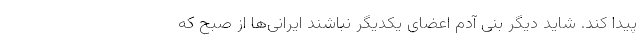
پیدا کند. شاید دیگر بنی آدم اعضای یکدیگر نباشند ایرانی‌ها از صبح که